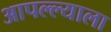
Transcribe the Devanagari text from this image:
आपल्ल्याला